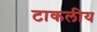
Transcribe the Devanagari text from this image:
टाकलीय